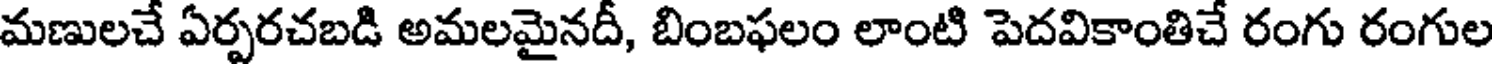
మణులచే ఏర్పరచబడి అమలమైనదీ, బింబఫలం లాంటి పెదవికాంతిచే రంగు రంగుల